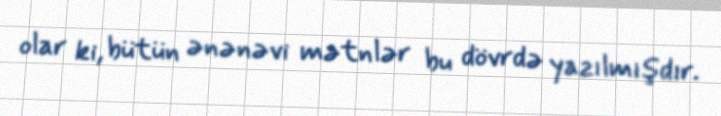
olar ki, bütün ənənəvi mətnlər bu dövrdə yazılmışdır.